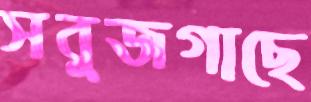
সবুজগাছে